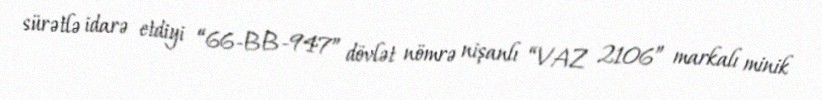
sürətlə idarə etdiyi “66-BB-947” dövlət nömrə nişanlı “VAZ 2106” markalı minik